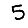
Digit: 5